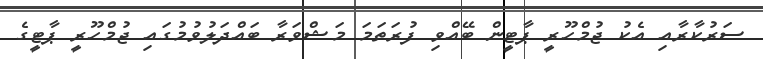
ސަރުކާރާއި އެކު ޖުމްހޫރީ ޕާޓީން ބޭއްވި ފުރަތަމަ މަޝްވަރާ ބައްދަލުވުމުގައި ޖުމްހޫރީ ޕާޓީގެ